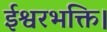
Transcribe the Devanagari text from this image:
ईश्वरभक्ति।